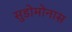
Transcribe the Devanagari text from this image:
सुडोमोनास